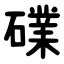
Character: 礏